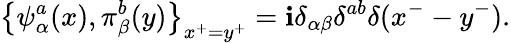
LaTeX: \left\{ \psi_{\alpha}^{a}(x),\pi_{\beta}^{b}(y)\right\} _{x^{+}=y^{+}}=\mathbf{i}\delta_{\alpha\beta}\delta^{ab}\delta(x^{-}-y^{-}).